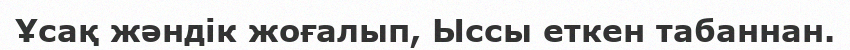
Ұсақ жәндік жоғалып, Ыссы еткен табаннан.